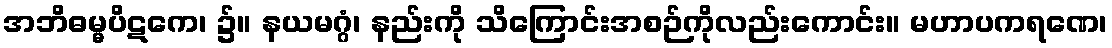
အဘိဓမ္မပိဋကေ၊ ၌။ နယမဂ္ဂံ၊ နည်းကို သိကြောင်းအစဉ်ကိုလည်းကောင်း။ မဟာပကရဏေ၊